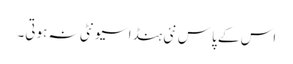
اس کے پاس نئی ہنڈا سیونٹی نہ ہوتی۔